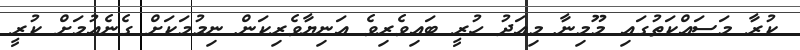
ކުރާ މަސައްކަތުގައި މޫމިނާ މިއަދު ހުރީ ބައިވެރިވެ އަނިޔާވެރިކަން ނިމުމަކަށް ގެނެއުމަށް ކުރީ